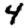
Digit: 4